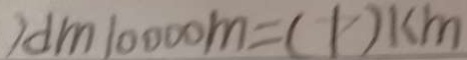
1 d m 1 0 0 0 0 m = ( 1 ) k m